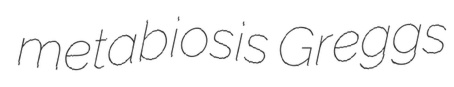
metabiosis Greggs